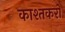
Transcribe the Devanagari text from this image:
काश्तकरों